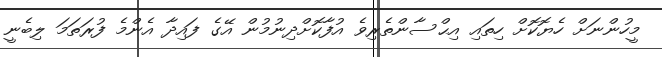
މީހުންނަށް ހެޔޮކޮށް ހިތައި އިޙްސާންތެރިވެ އުފާކޮށްދިނުމުން އޭގެ ފައިދާ އެންމެ ފުރަތަމަ ލިބެނީ